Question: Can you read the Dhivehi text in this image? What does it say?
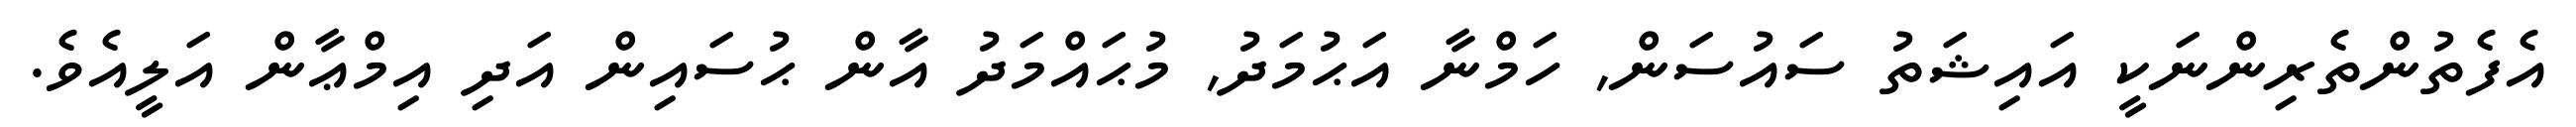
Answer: އެފެތުންތެރިންނަކީ އައިޝަތު ސައުސަން, ހަމްނާ އަޙުމަދު, މުޙައްމަދު އާން ޙުސައިން އަދި އިމްޢާން އަލީއެވެ.